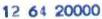
12 64 20000